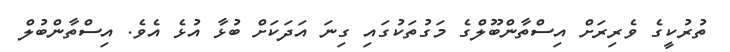
ތުރުކީގެ ވެރިރަށް އިސްތާންބޫލްގެ މަގުތަކުގައި ގިނަ އަދަކަށް ބުޅާ އުޅެ އެވެ. އިސްތާންބުލް